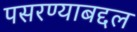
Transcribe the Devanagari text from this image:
पसरण्याबद्दल